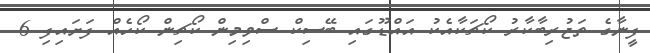
ފީނާގެ ތަޖުރިބާކާރު ކޯޗަކާއެކު އައްޑޫގައި ބޭސިކް ސްވިމިން ކޯޗިން ކޯހެއް ފަށައިފި 6